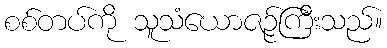
စစ်တပ်ကို သူသံယောဇဉ်ကြီးသည်။